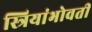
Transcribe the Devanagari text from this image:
स्त्रियांभोवती